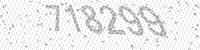
Solution: 718299